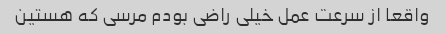
واقعا از سرعت عمل خیلی راضی بودم مرسی که هستین